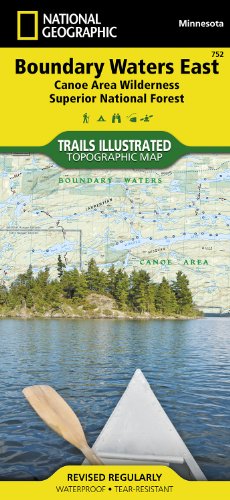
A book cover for Boundary Waters East [Canoe Area Wilderness, Superior National Forest] (National Geographic Trails Illustrated Map); National Geographic Maps - Trails Illustrated; Travel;